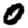
Digit: 0